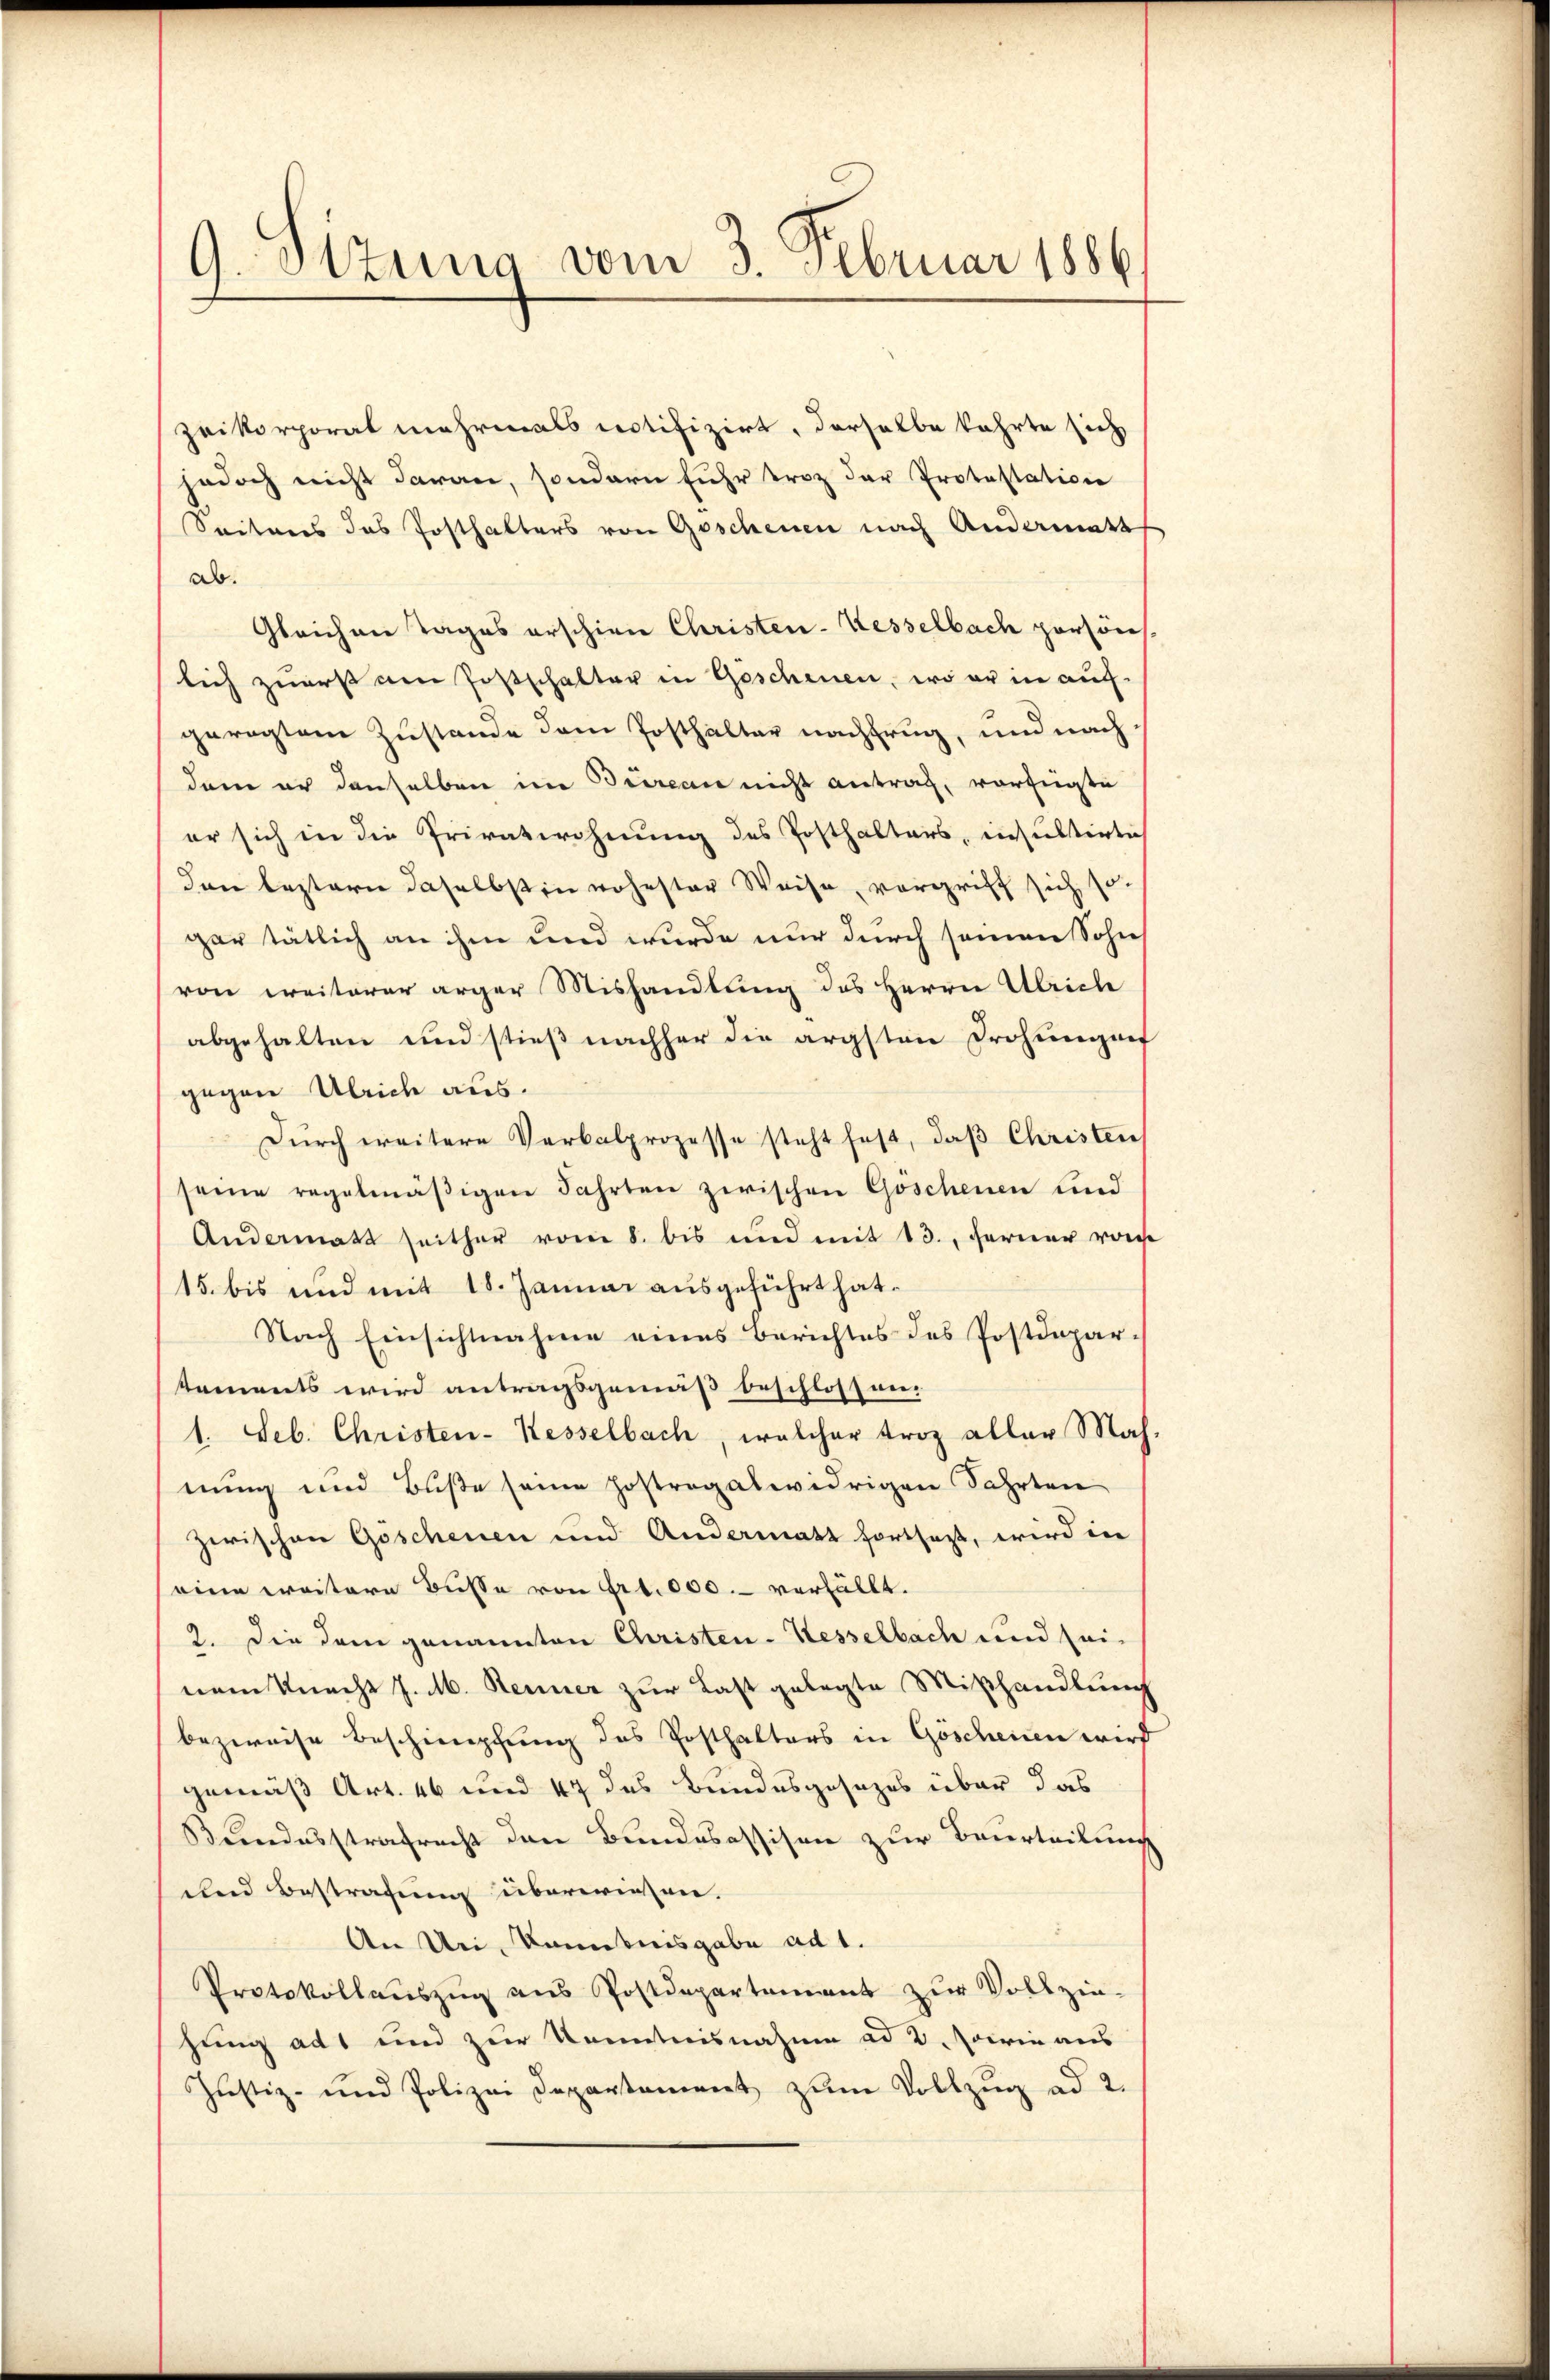
9.Ottung vom 3. Februar 1886

zeikorporat mehrmals notifizirt, derselbe kehrte sich
jedoch nicht daran, sondern fuhr troz der Protestation
Seitens das Posthalters von Geschenen nach Andermatt
ab.
Gleichen Tages erschien Christen-Kesselbach persönl.
lich zuerst am Postschalter in Geschenen, wo er in auf-
geregtem Zustande dem Posthalter nachfrug, und nach
dam er denselben im Bureau nicht antrag, vorfügte
er sich in die Privatwohnung des Posthalters, insultirtech
dan bestern daselbst in rohester Weise, vergriff sich so
gar tätlich an ihm und wurde nur durch seinen Sohn
von weiterer ärger Mishandlung des Herrn Ulrich
abgehalten und stieß nachher die ärgsten Drohungen
gegen Ulrich aus.
Dŭrch weitere Verbalprozesse steht fest, daβ Christen
seine regelmäβigen Fahrten zwischen Göschenen und
Andermatt seither vom 8. bis und mit 13., ferner von
15. bis und mit 18. Januar ausgeführt hat.
Nach Einsichtnahme eines Berichtes des Postdepar-
taments wird antragsgemäß beschlossen.
1. Seb. Christen-Kesselbach, welcher trotz aller Mah
nung und Buße seine hoftrogatwidrigen Fahrten
zwischen Göschenen und Andermatt fortsezt, wird in
eine weitere Busse von Art. 000. verhällt.
2. Die dem genannten Christen-Kesselbach und sei-
nem Knacht J. M. Renner zur Last gelegte Mißhandlung
bezweise Beschimpfung des Posthalters in Göschenen wird
gemäß Art. 46 und 47 des Bundesgesezes über das
Bundesstrafrecht den Bundesassison zur Beurteilung
und Bestrafung überwiesen.
An Uri, Kenntnisgabe ad 1.
Protokollauszug aus Postdepartement zur Vollzie-
hung ad und zur Kenntnisnahme ad 2. sowie aus
Justiz- und Polizei Departament zum Vollzug ad 2.